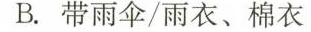
B.带雨伞/雨衣、棉衣